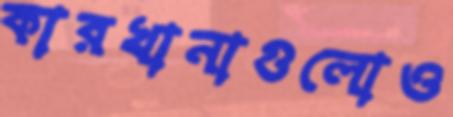
কারখানাগুলোও